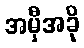
အမှီအခို